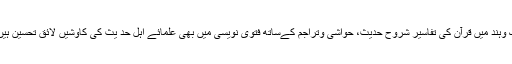
فتویٰ پوچھنے اور فتویٰ دینے کاسلسلہ رسول ﷺکےمبارک دور سے چلا آرہا ہے برصغیر پاک وہند میں قرآن کی تفاسیر شروح حدیث، حواشی وتراجم کےساتھ فتویٰ نویسی میں بھی علمائے اہل حد یث کی کاوشیں لائق تحسین ہیں تقریبا چالیس کے قریب علمائے حدیث کے فتاویٰ جات کتابی صورت میں شائع ہو چکے ہیں ۔